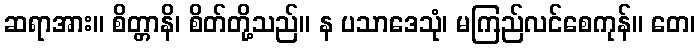
ဆရာအား။ စိတ္တာနိ၊ စိတ်တို့သည်။ န ပသာဒေသုံ၊ မကြည်လင်စေကုန်။ တေ၊